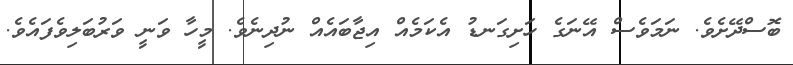
ބޮސްދޭށެވެ. ނަމަވެސް އޭނަގެ ހަށިގަނޑު އެކަމެއް އިޖާބައެއް ނުދިނެވެ. މީހާ ވަނީ ވަރުބަލިވެފައެވެ.